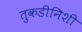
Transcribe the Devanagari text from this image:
तुकडीनिशी